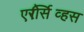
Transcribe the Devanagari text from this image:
एरोसर्व्हिस